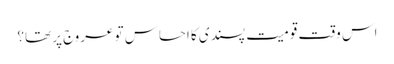
اس وقت قومیت پسندی کا احساس تو عروج پر تھا؟